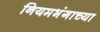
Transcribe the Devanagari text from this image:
नियमभंगाच्या